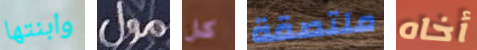
وابنتها مول كل ملتصقة أخاه